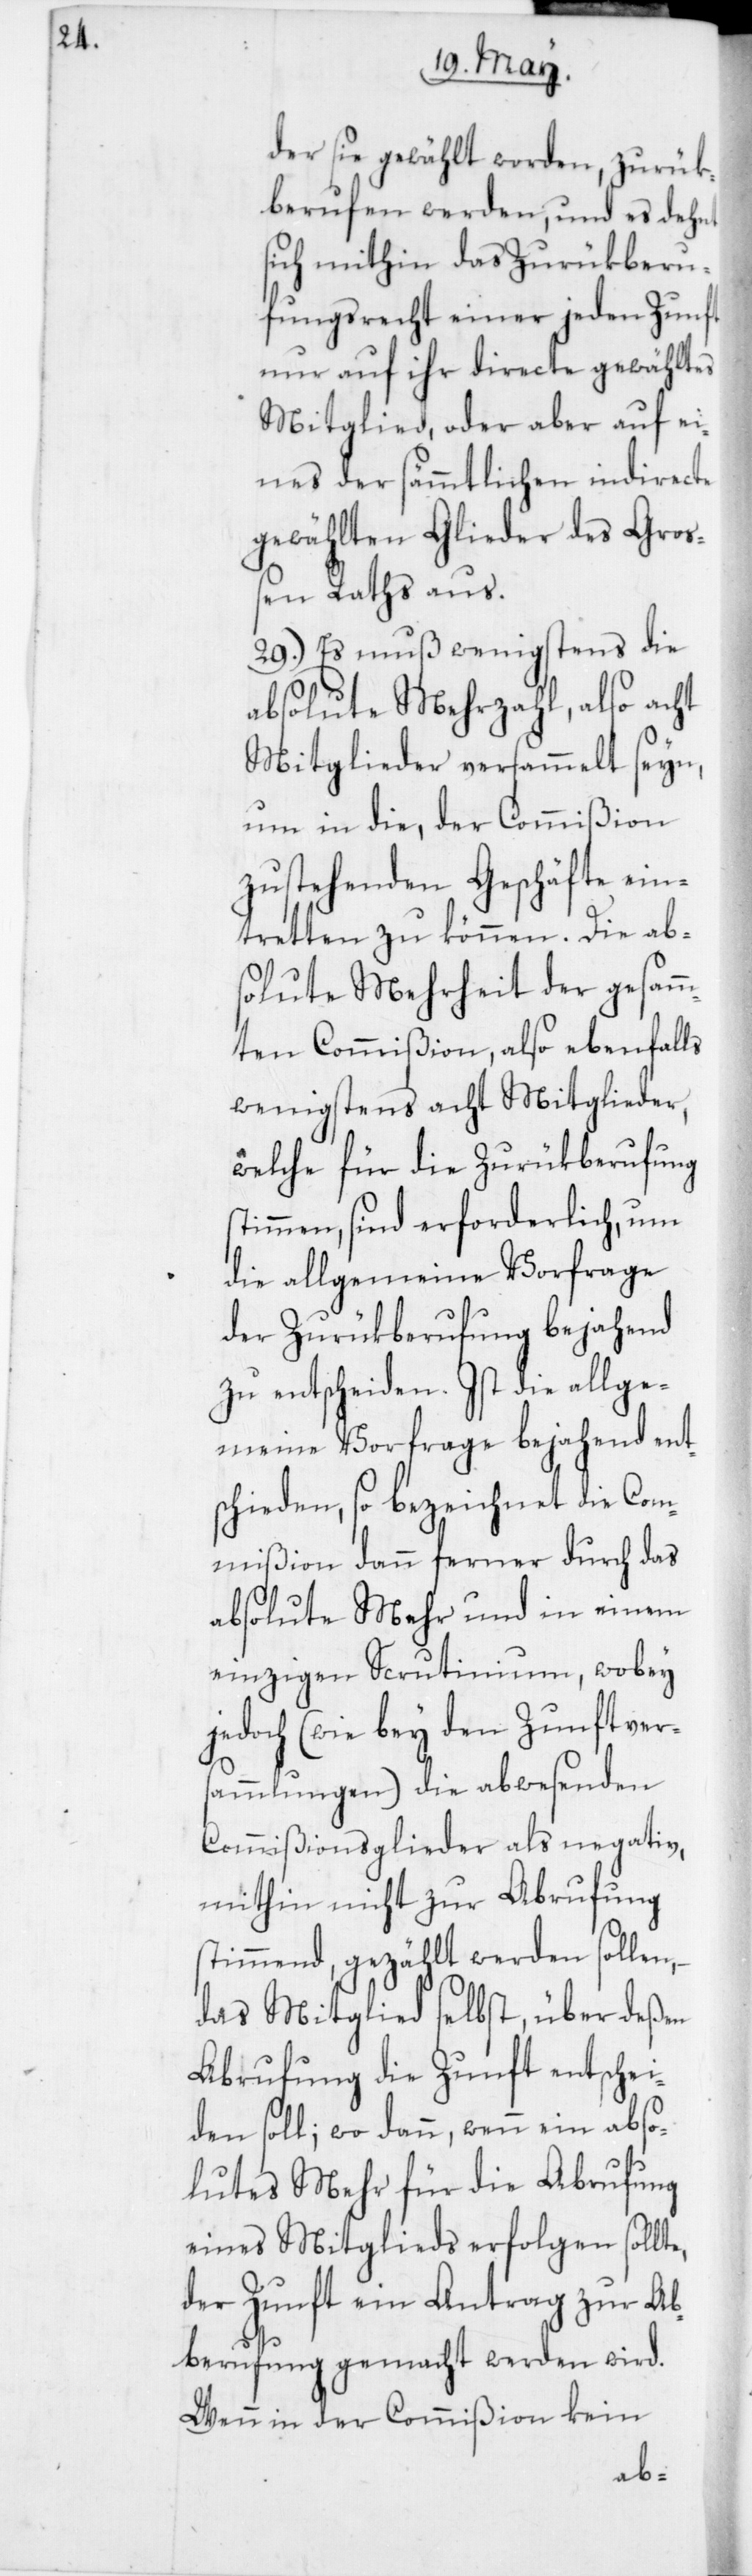
der sie gewählt worden, zurük¬
berufen werden, und es dehnt
sich mithin das Zurükberu¬
fungsrecht einer jeden Zunft
nur auf ihr directe gewähltes
Mitglied, oder aber auf ei¬
nes der sämmtlichen indirecte
gewählten Glieder des Groß¬
en Raths aus.
29. Es muß wenigstens die
absolute Mehrzahl, also acht
Mitglieder versammelt seyn,
um in die, der Commißion
zustehenden Geschäfte ein¬
tretten zu können. Die ab¬
solute Mehrheit der gesam¬
ten Commißion, also ebenfalls
wenigstens acht Mitglieder,
welche für die Zurükberufung
stimmen, sind erforderlich, um
die allgemeine Vorfrage
der Zurükberufung bejahend
zu entscheiden. Ist die allge¬
meine Vorfrage bejahend ent¬
schieden, so bezeichnet die Com¬
mißion dann ferner durch das
absolute Mehr und in einem
einzigen Scrutinium, wobey
jedoch (wie bey den Zunftvers¬
ammlungen) die abwesenden
Commißionsglieder als negativ,
mithin nicht zu Abrufung
stimmend, gezählt werden sollen,
das Mitglied selbst, über deßen
Abrufung die Zunft entschei¬
den soll, wo dann, wenn ein abso¬
lutes Mehr für die Abrufung
eines Mitglieds erfolgen sollte,
der Zunft ein Antrag zur Ab¬
berufung gemacht werden wird.
Wenn in der Commißion kein